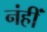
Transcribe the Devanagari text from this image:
नंहीं